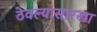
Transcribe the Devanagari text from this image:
ठेवल्यासारखा